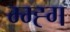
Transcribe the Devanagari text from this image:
म्म्ह्ग